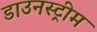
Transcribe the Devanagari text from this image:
डाउनस्‍ट्रीम